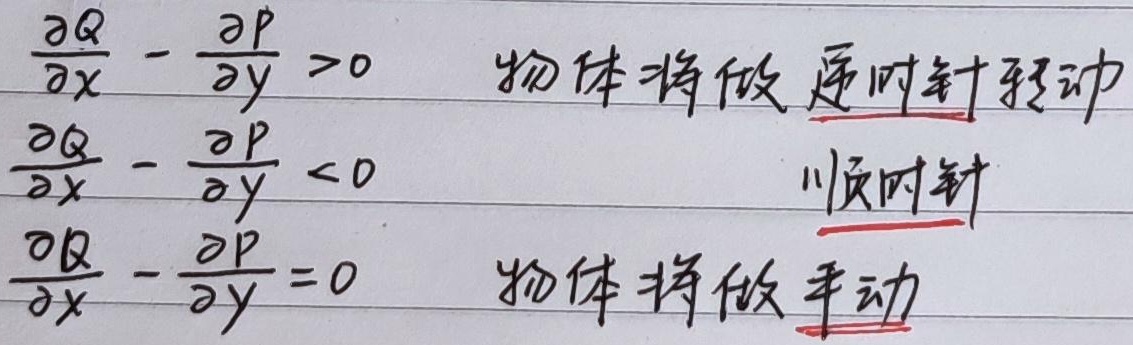
当$\frac{\partial Q}{\partial x}-\frac{\partial P}{\partial y}>0$时，物体将做逆时针转动；当$\frac{\partial Q}{\partial x}-\frac{\partial P}{\partial y}<0$时，物体将做顺时针转动；当$\frac{\partial Q}{\partial x}-\frac{\partial P}{\partial y}=0$时，物体将做平动。